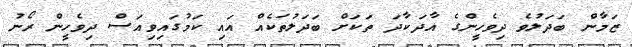
ޒަމާން ބަދަލުވެ ދިވެހީންގެ އާދަކާދަ ތަކަށް ބަދަލުތަކެއް އައި ކަމުގައިވިއަސް ދިވެހީން ރޯނު